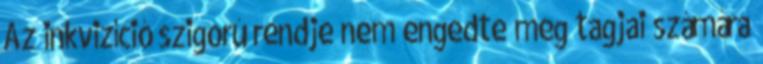
Az inkvizíció szigorú rendje nem engedte meg tagjai számára